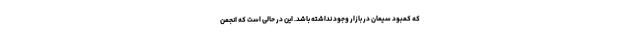
که کمبود سیمان در بازار وجود نداشته باشد. این در حالی است که انجمن